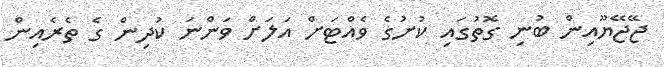
ޖޭޖޭޔޫއިން ބުނި ގޮތުގައި ކުށުގެ ވެއްޓަށް އަލަށް ވަންނަ ކުދިން ގެ ތެރެއިން